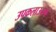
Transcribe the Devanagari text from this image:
उपकलाऊतक